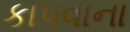
કાપવાના